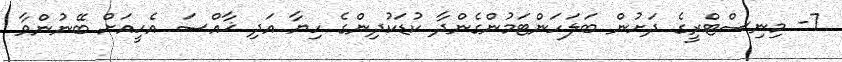
7- މިނިސްޓްރީގެ ދަށުން ބަލަހަންޓަމުންގެންދާ ކުޑަކުދިންގެ ހިޔާ އަދި ޚާއްޞަ އެހީއަށް ބޭނުންވާ